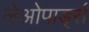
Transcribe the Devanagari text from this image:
लेओपार्ड्स